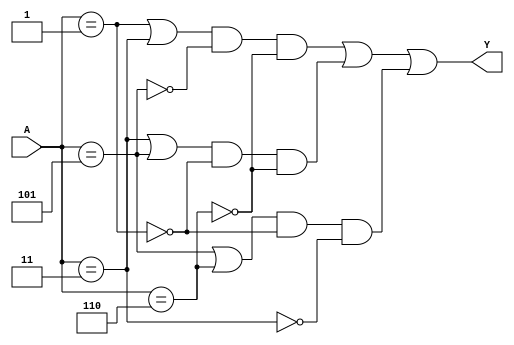
module combinational_logic_block (
    input wire [2:0] A,  // 3-bit input representing variables
    output wire Y        // Output of the Boolean function
);

// Define the minterms for the function
// For example, let's assume we have the following minterms: 1, 3, 5, 6
// This corresponds to the function: F(A,B,C) = (1, 3, 5, 6)
wire m1 = (A == 3'b001); // minterm 1 (A=0, B=0, C=1)
wire m3 = (A == 3'b011); // minterm 3 (A=0, B=1, C=1)
wire m5 = (A == 3'b101); // minterm 5 (A=1, B=0, C=1)
wire m6 = (A == 3'b110); // minterm 6 (A=1, B=1, C=0)

// Identify prime implicants
// Here we will use a simple representation of prime implicants
wire p1 = m1 | m3; // Grouping minterms 1 and 3
wire p2 = m3 | m5; // Grouping minterms 3 and 5
wire p3 = m5 | m6; // Grouping minterms 5 and 6

// Identify essential prime implicants
// An essential prime implicant is one that covers a minterm not covered by others
wire essential1 = p1 & ~m5 & ~m6; // Covers minterm 1
wire essential2 = p2 & ~m1 & ~m6; // Covers minterm 3
wire essential3 = p3 & ~m1 & ~m3; // Covers minterm 5

// Final output logic using the essential prime implicants
assign Y = essential1 | essential2 | essential3;

endmodule